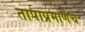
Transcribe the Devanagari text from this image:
तापाप्रमाणेच